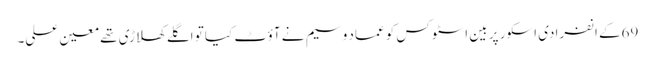
69کے انفرادی اسکور پر بین اسٹوکس کو عماد وسیم نے آؤٹ کیا تو اگلے کھلاڑی تھے معین علی۔